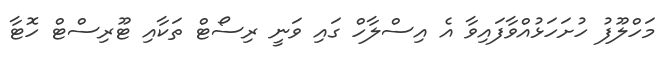
މަހްލޫފު ހުށަހަޅުއްވާފައިވާ އެ އިސްލާހް ގައި ވަނީ ރިސޯޓް ތަކާއި ޓޫރިސްޓް ހޮޓާ